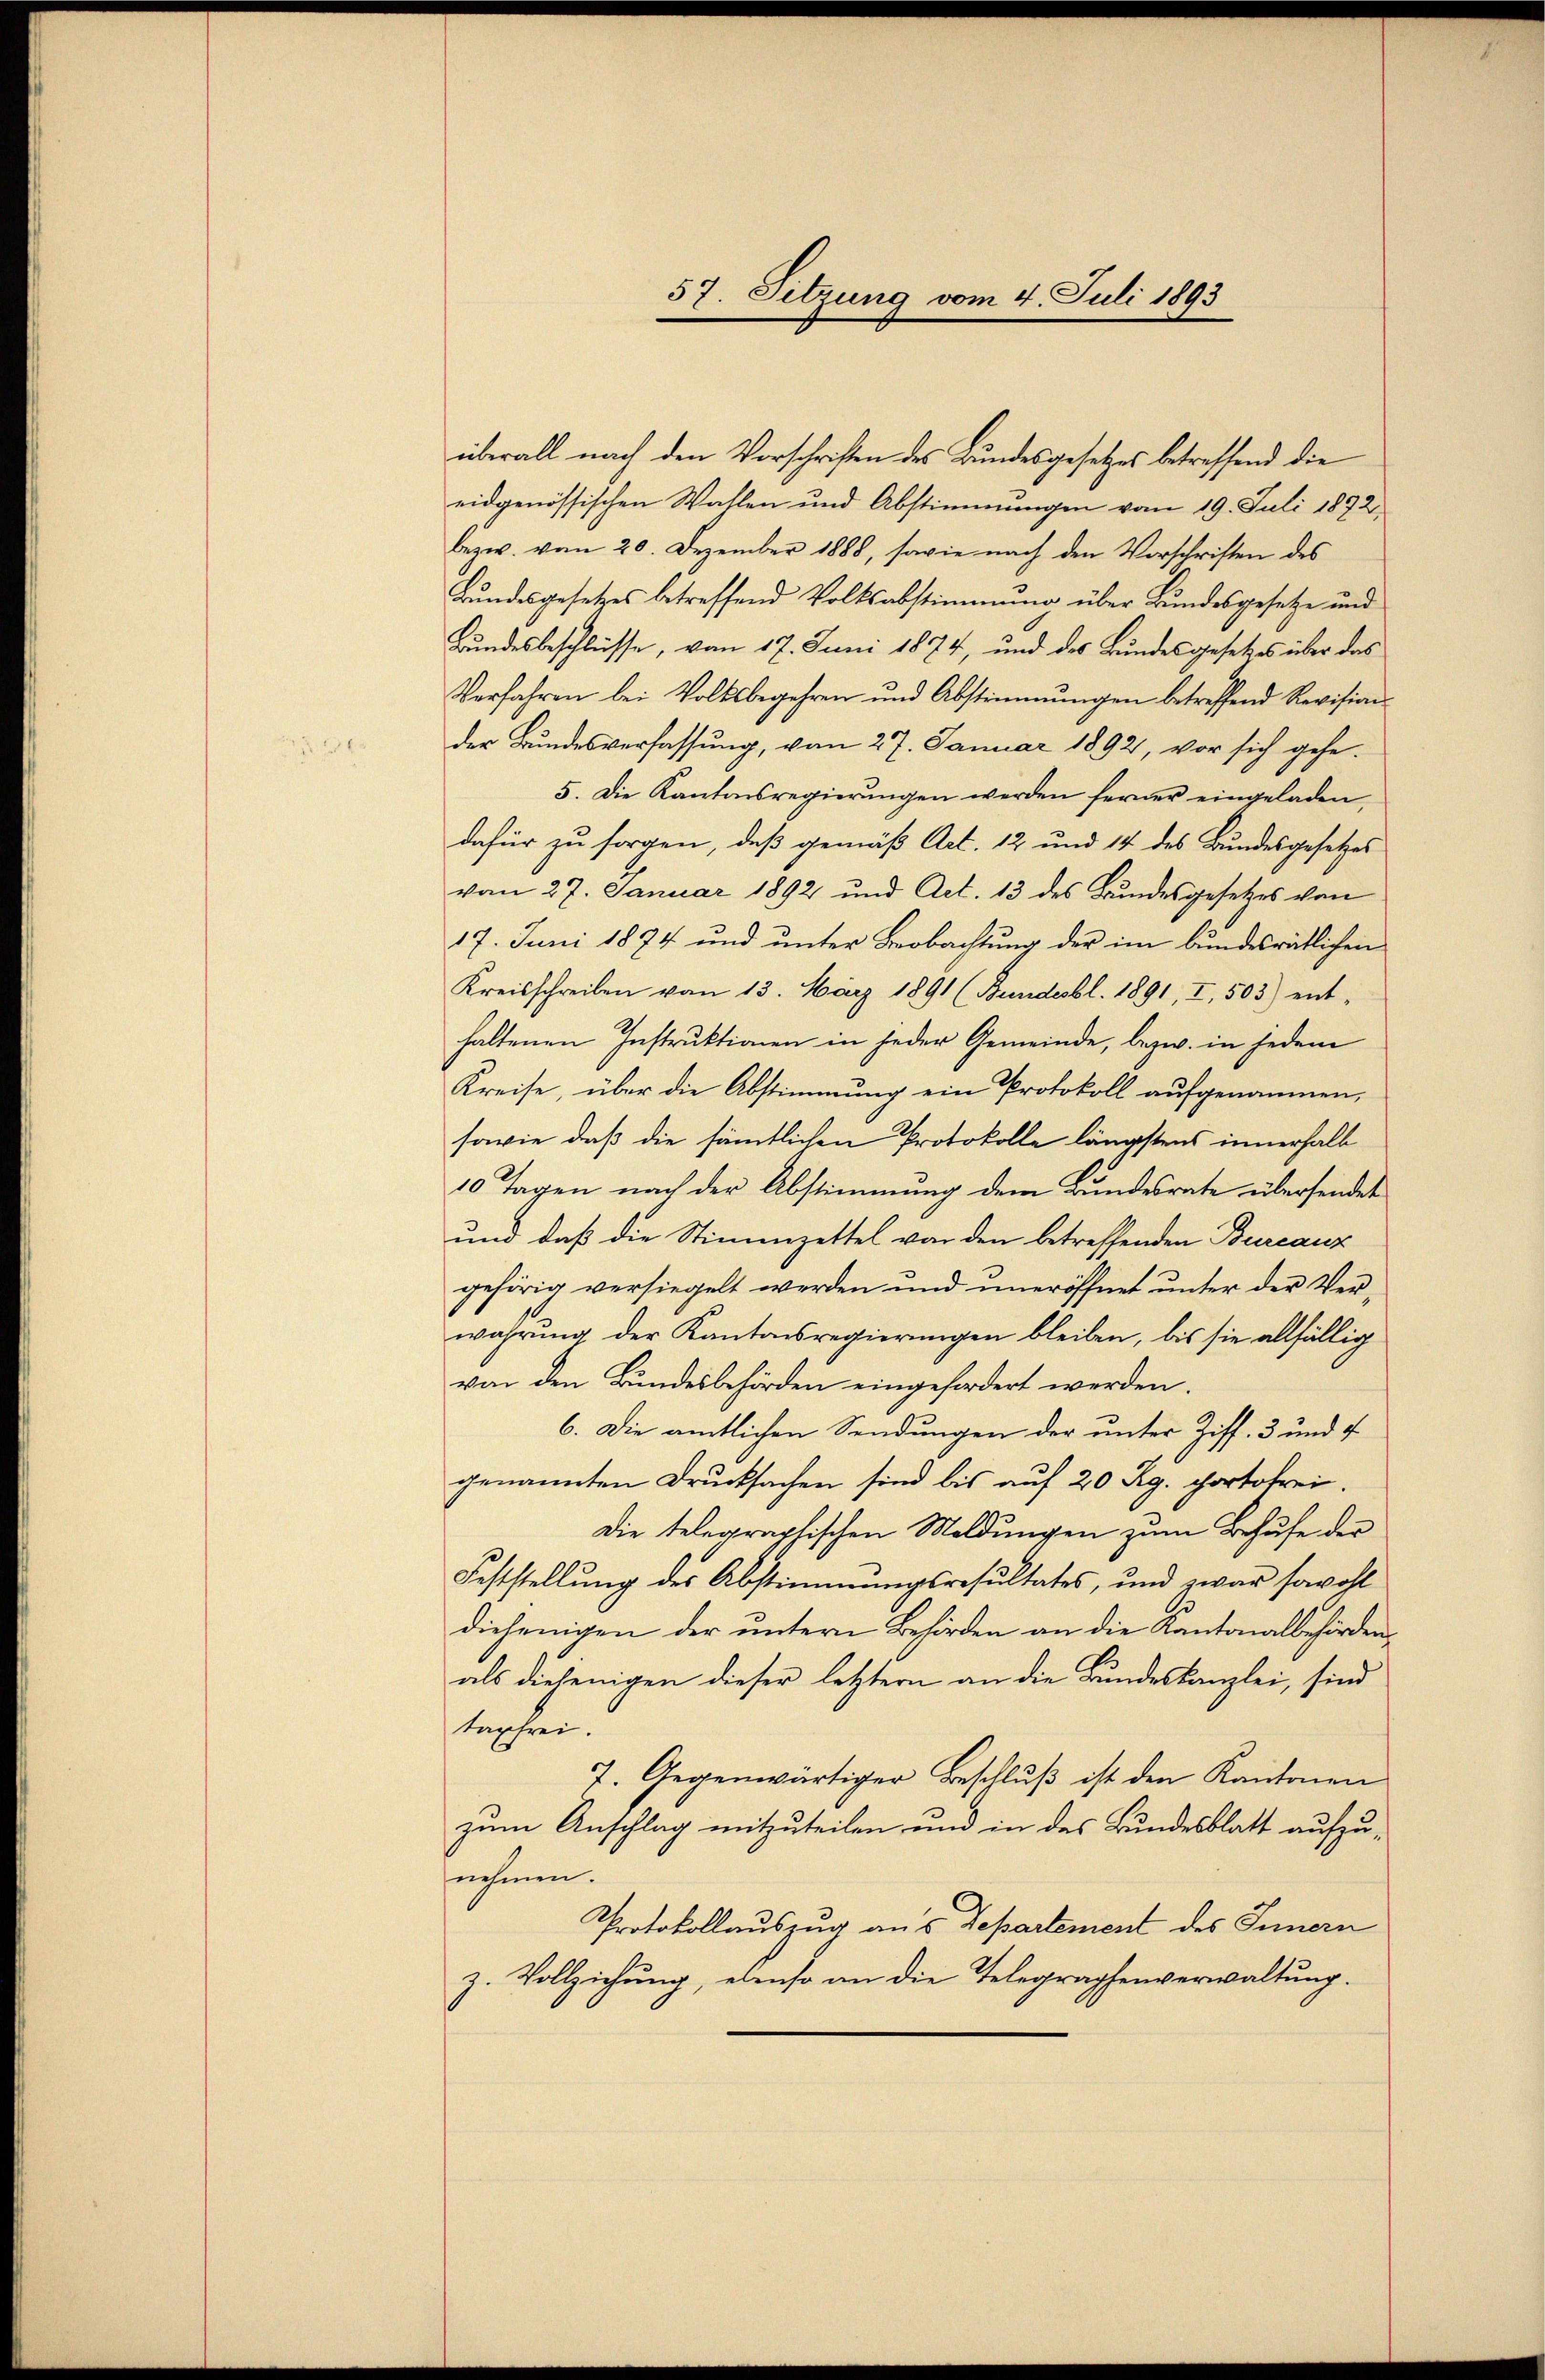
57. Sitzung vom 4. Juli 1893

überall nach den Vorschriften des Bundesgesetzes betreffend die
eidgenössischen Wahlen und Abstimmungen vom 19. Juli 1872
bezw. vom 20. Dezember 1888, sowie nach den Vorschriften des
Bundesgesetzes betreffend Volksabstimmung über Bundesgesetze und
Bundesbeschlüsse, vom 17. Juni 1874, und des Bundesgesetzes über das
Verfahren bei Volksbegehren und Abstimmungen betreffend Revision-
der Bundesverfassung, von 27. Januar 1892, vor sich gehe.
5. Die Kantonsregierŭngen werden ferner eingeladen,
dafür zu sorgen, daß gemäß Art. 12 und 14 des Bundesgesetzes
vom 27. Januar 1892 und Act. 13 des Bundesgesetzes von
17. Juni 1874 und unter Beobachtung der im bundesrätlichen
Kreisschreiben vom 13. März 1891 (Bundesbl. 1891, I, 503) ent-
haltenen Instruktionen in jeder Gemeinde, bezw. in jedem
Kreise, über die Abstimmung ein Protokoll aufgenommen,
sowie daß die sämtlichen Protokolle längstens innerhalb
10 Tagen nach der Abstimmung dem Bundesrate übersendet
und daß die Stimmzettel von den betreffenden Burcanz
gehörig versiegelt werden und uneröffnet unter der Ver-
wahrung der Kantonsregierungen bleiben, bis sie allfällig
von den Bundesbehörden eingefordert werden.
6. Die amtlichen Sendungen der unter Ziff. 3 und f
genannten Drucksachen sind bis auf 20 Rg. portofrei.
Die telegraphischen Meldungen zum Behufe der
Feststellung der Abstimmungsresultates, und zwar sowohl
diejenigen der untern Behörden an die Kantonalbehördenals diejenigen dieser letztern an die Bundeskanzlei, sind
tapfrei.
7. Gegenwärtiger Beschluß ist den Kantonen
zum Anschlag mitzuteilen und in des Bundesblatt aufzunehmen.
Protokollauszug aus Departement des Innern
z. Vollziehung, ebenso an die Telegraphenverwaltung.